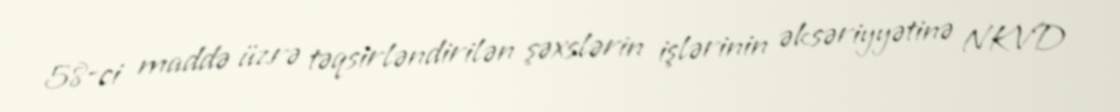
58-ci maddə üzrə təqsirləndirilən şəxslərin işlərinin əksəriyyətinə NKVD